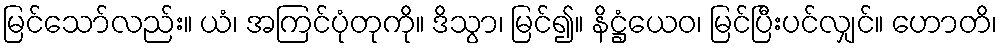
မြင်သော်လည်း။ ယံ၊ အကြင်ပုံတုကို။ ဒိသွာ၊ မြင်၍။ နိဋ္ဌံယေဝ၊ မြင်ပြီးပင်လျှင်။ ဟောတိ၊